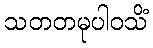
သတတမုပါဝသိံ